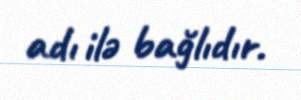
adı ilə bağlıdır.